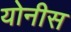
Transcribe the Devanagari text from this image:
योनीस